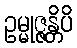
ဥမ္မုဇ္ဇန္တိပိ